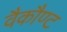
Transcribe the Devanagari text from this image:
वैकौण्ट